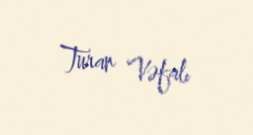
Turan Vəfalı